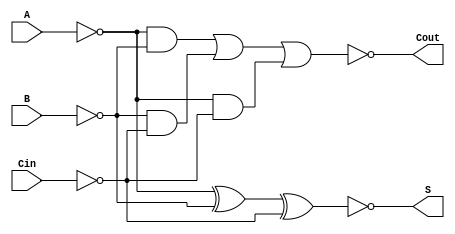
module NegativeCircuitFullAdder (
    input wire A,     // First input bit (active low)
    input wire B,     // Second input bit (active low)
    input wire Cin,   // Carry-in bit (active low)
    output wire S,    // Sum output (active low)
    output wire Cout   // Carry-out output (active low)
);

// Intermediate signals
wire A_inv, B_inv, Cin_inv;
wire sum_temp, carry_temp;

// Invert the inputs to work with active low logic
assign A_inv = ~A;
assign B_inv = ~B;
assign Cin_inv = ~Cin;

// Calculate the sum using XOR logic
assign sum_temp = A_inv ^ B_inv ^ Cin_inv; // XOR operation
assign S = ~sum_temp; // Active low output

// Calculate the carry-out using AND and OR logic
assign carry_temp = (A_inv & B_inv) | (B_inv & Cin_inv) | (A_inv & Cin_inv); // OR of ANDs
assign Cout = ~carry_temp; // Active low output

endmodule